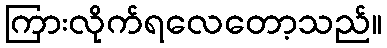
ကြားလိုက်ရလေတော့သည်။